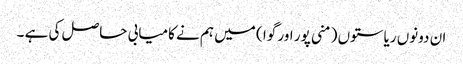
ان دونوں ریاستوں ( منی پور اور گوا ) میں ہم نے کامیابی حاصل کی ہے ۔